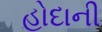
હોદાની